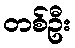
တစ်ဦး